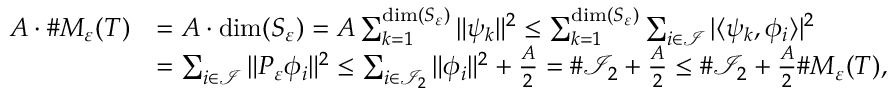
\begin{array} { r l } { A \cdot \# M _ { \varepsilon } ( T ) } & { = A \cdot \mathrm { d i m } ( S _ { \varepsilon } ) = A \sum _ { k = 1 } ^ { \mathrm { d i m } ( S _ { \varepsilon } ) } \| \psi _ { k } \| ^ { 2 } \leq \sum _ { k = 1 } ^ { \mathrm { d i m } ( S _ { \varepsilon } ) } \sum _ { i \in \mathcal { I } } | \langle \psi _ { k } , \phi _ { i } \rangle | ^ { 2 } } \\ & { = \sum _ { i \in \mathcal { I } } \| P _ { \varepsilon } \phi _ { i } \| ^ { 2 } \leq \sum _ { i \in \mathcal { I } _ { 2 } } \| \phi _ { i } \| ^ { 2 } + \frac { A } { 2 } = \# \mathcal { I } _ { 2 } + \frac { A } { 2 } \le \# \mathcal { I } _ { 2 } + \frac { A } { 2 } \# M _ { \varepsilon } ( T ) , } \end{array}